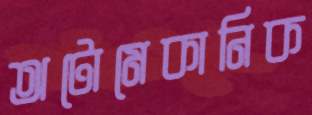
অটোমেকানিক